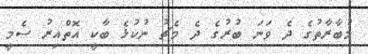
މުބާރާތުގެ ދެ ވަނަ ބުރުގެ ދެ މެޗު ނުކުޅެ ބާކީ އޮތްއިރު ސެމީ